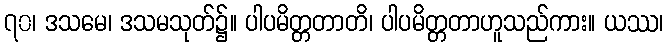
၇၀၊ ဒသမေ၊ ဒသမသုတ်၌။ ပါပမိတ္တတာတိ၊ ပါပမိတ္တတာဟူသည်ကား။ ယဿ၊